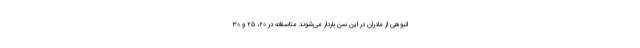
انبوهی از مادران در این سن باردار می‌شوند متاسفانه در ۲۰، ۲۵ و ۳۰